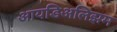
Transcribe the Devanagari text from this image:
आयडिअलिझम